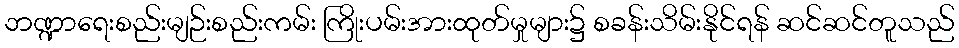
ဘဏ္ဍာရေးစည်းမျဉ်းစည်းကမ်း ကြိုးပမ်းအားထုတ်မှုများ၌ စခန်းသိမ်းနိုင်ရန် ဆင်ဆင်တူသည်